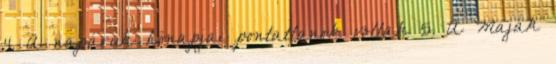
4. A napáruk hónapjai pontatlanok voltak 5. A Maják